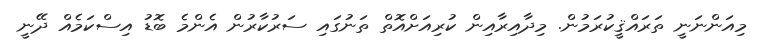
މިއަންނަނީ ތަރައްޤީކުރަމުން. މިދާއިރާއިން ކުރިއަށްއޮތް ތަނުގައި ސަރުކާރުން އެންމެ ބޮޑު އިސްކަމެއް ދޭނީ